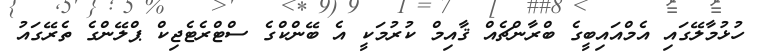
ހުޅުމާލޭގައި އެމްއައިބީގެ ބްރާންޗެއް ޤާއިމް ކުރުމަކީ އެ ބޭންކްގެ ސްޓްރެޓެޖިކް ޕްލޭންގެ ތެރޭގައު